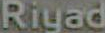
Riyad